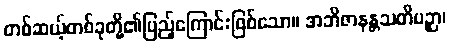
တစ်ဆယ့်တစ်ခုတို့၏ပြည့်ကြောင်းဖြစ်သော။ အဘိဇာနန္တသတိပဉှာ၊